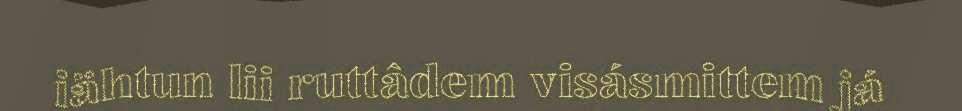
iähtun lii ruttâdem visásmittem já